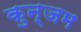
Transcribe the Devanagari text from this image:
कुन्जम